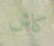
كاش